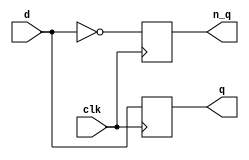
module Dff_p(clk,d,q,n_q);
input clk,d;
output q,n_q;
reg q,n_q;
always @ (posedge clk)
begin
	q <= d;
	n_q <= ~d;
end
endmodule